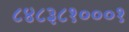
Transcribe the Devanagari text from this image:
८४८३८१०००१